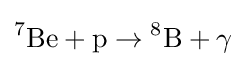
{^{7}}{\text{Be}}+{\text{p}}\to {^{8}}{\text{B}}+\operatorname {\gamma }